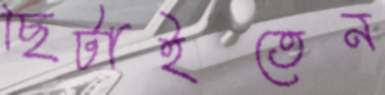
ছিটাইতেন